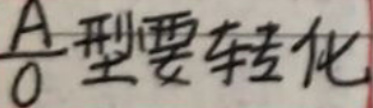
$\frac{A}{0}$型要转化